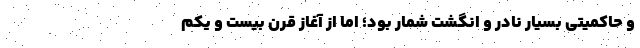
و حاکمیتی بسیار نادر و انگشت شمار بود؛ اما از آغاز قرن بیست و یکم